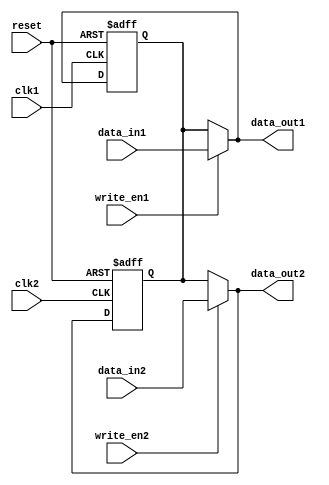
module Dual_port_Bypass_register (
    input wire clk1,
    input wire clk2,
    input wire reset,
    input wire write_en1,
    input wire write_en2,
    input wire [31:0] data_in1,
    input wire [31:0] data_in2,
    output reg [31:0] data_out1,
    output reg [31:0] data_out2
);

reg [31:0] reg_data;

always @(posedge clk1 or posedge reset) begin
    if (reset)
        reg_data <= 32'h0;
    else if (write_en1)
        reg_data <= data_in1;
end

always @(posedge clk2 or posedge reset) begin
    if (reset)
        reg_data <= 32'h0;
    else if (write_en2)
        reg_data <= data_in2;
end

assign data_out1 = (write_en1) ? data_in1 : reg_data;
assign data_out2 = (write_en2) ? data_in2 : reg_data;

endmodule